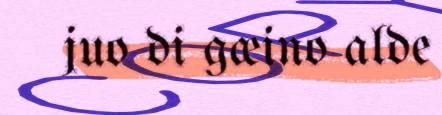
juo di gæino alde